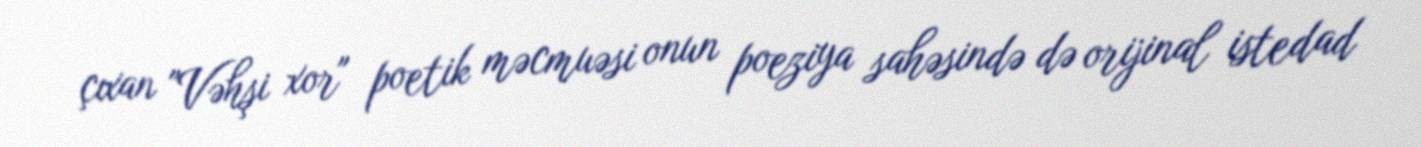
çıxan "Vəhşi xor" poetik məcmuəsi onun poeziya sahəsində də orijinal istedad